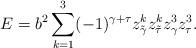
LaTeX: \begin{align*}E=b^2\sum\limits_{k=1}^{3}(-1)^{\gamma + \tau}z^{k}_{\tilde{\gamma}}z^{k}_{\tilde{\tau}}z^{3}_{\gamma}z^{3}_{\tau}. \end{align*}